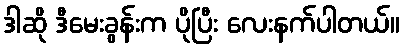
ဒါဆို ဒီမေးခွန်းက ပိုပြီး လေးနက်ပါတယ်။